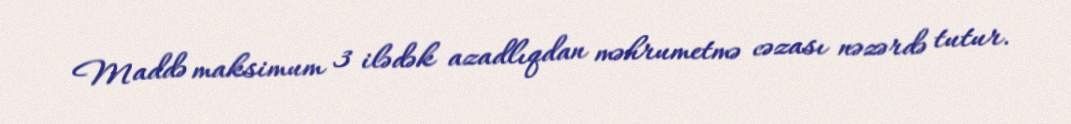
Maddə maksimum 3 ilədək azadlıqdan məhrumetmə cəzası nəzərdə tutur.